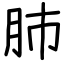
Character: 肺